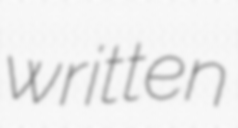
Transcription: written